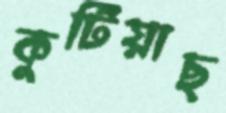
কুটিয়াছ